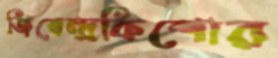
জিতেন্দ্রকিশোর